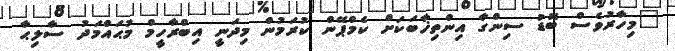
"މިހާރުވެސް ބޮޑު ސިންގާ އިންތިޚާބަކަށް ކެމްޕޭން ކުރަމުން މިދަނީ އިބްރާހީމް މުޙައްމަދު ސާލިޙާ